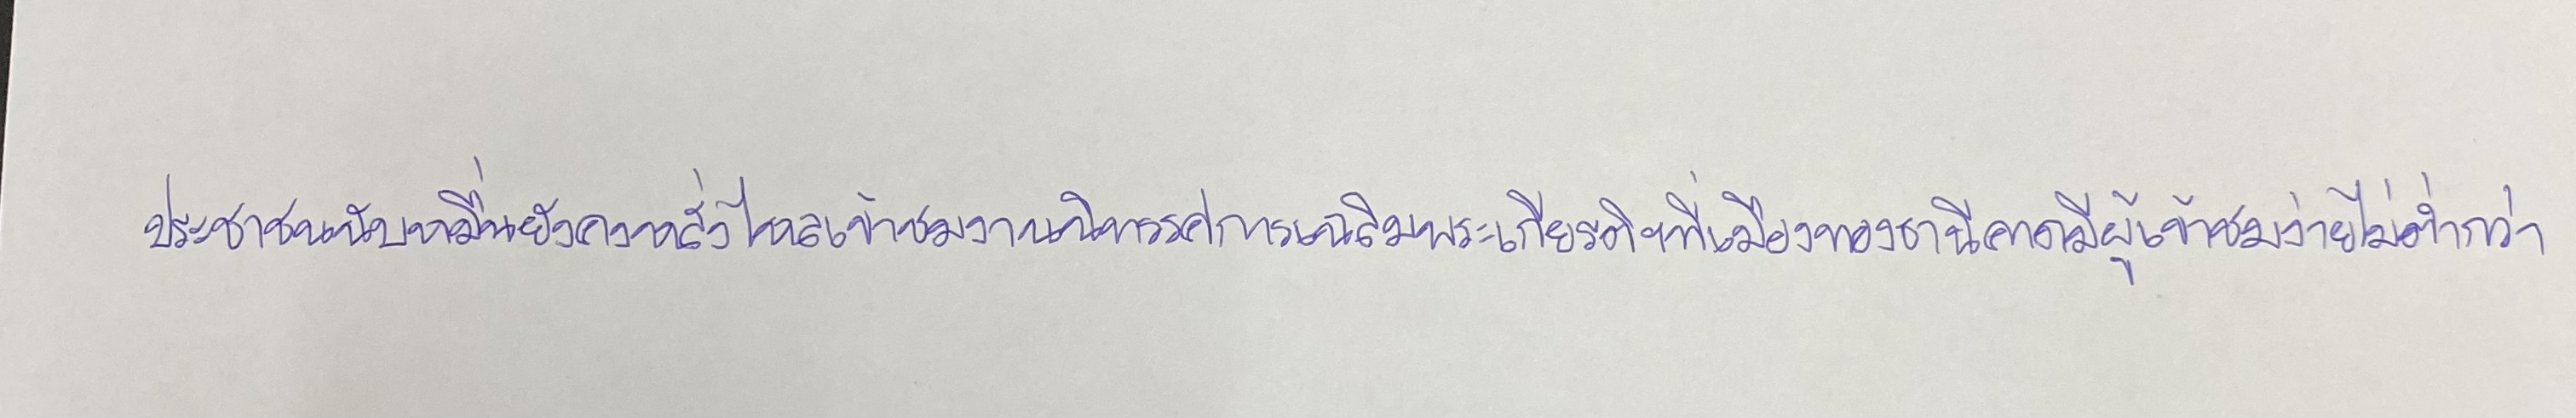
ประชาชนนับหมื่นยังคงหลั่งไหลเข้าชมงานนิทรรศการเฉลิมพระเกียรติฯที่เมืองทองธานีคาดมีผู้เข้าชมงานไม่ต่ำกว่า